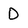
Character: D